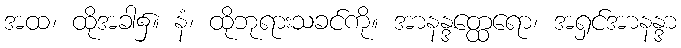
အထ၊ ထိုအခါ၌။ နံ၊ ထိုဘုရားသခင်ကို။ အာနန္ဒတ္ထေရော၊ အရှင်အာနန္ဒာ